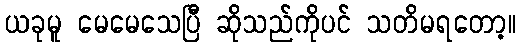
ယခုမူ မေမေသေပြီ ဆိုသည်ကိုပင် သတိမရတော့။